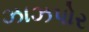
ઝાઝપોર